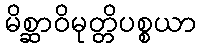
မိစ္ဆာဝိမုတ္တိပစ္စယာ